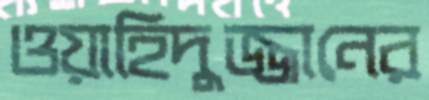
ওয়াহিদুজ্জানের